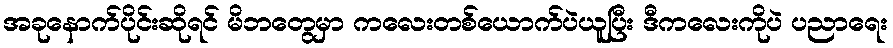
အခုနောက်ပိုင်းဆိုရင် မိဘတွေမှာ ကလေးတစ်ယောက်ပဲယူပြီး ဒီကလေးကိုပဲ ပညာရေး